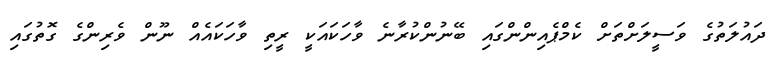
ދައުލަތުގެ ވަސީލަށްތަށް ކެމްޕެއިންންގައި ބޭނުންކުރާނެ ވާހަކައަކީ ރީތި ވާހަކައެއް ނޫން ވެރިންގެ ގޮތުގައި